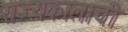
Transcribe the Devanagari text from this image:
राज्यकालाची